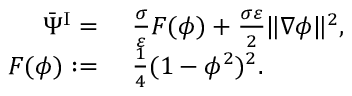
\begin{array} { r l } { \bar { \Psi } ^ { \mathrm { I } } = } & { { } ~ \frac { \sigma } { \varepsilon } F ( \phi ) + \frac { \sigma \varepsilon } { 2 } \| \nabla \phi \| ^ { 2 } , } \\ { F ( \phi ) : = } & { { } ~ \frac { 1 } { 4 } ( 1 - \phi ^ { 2 } ) ^ { 2 } . } \end{array}